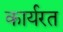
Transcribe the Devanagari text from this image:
कार्यरत